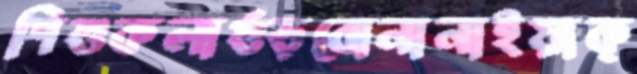
শিশুকলাগুঁড়বোনানাইয়াক্